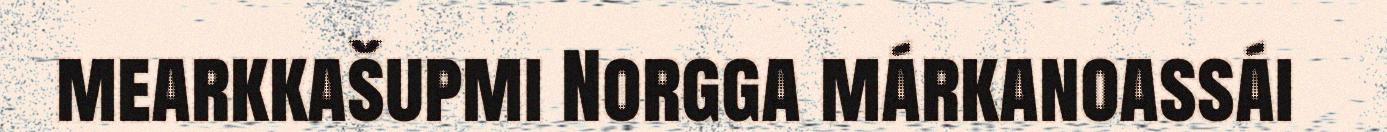
mearkkašupmi Norgga márkanoassái